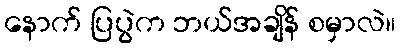
နောက် ပြပွဲက ဘယ်အချိန် စမှာလဲ။